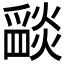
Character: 𤔵